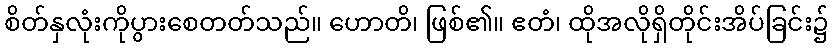
စိတ်နှလုံးကိုပွားစေတတ်သည်။ ဟောတိ၊ ဖြစ်၏။ ဧတံ၊ ထိုအလိုရှိတိုင်းအိပ်ခြင်း၌